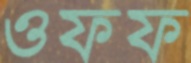
ওফফ